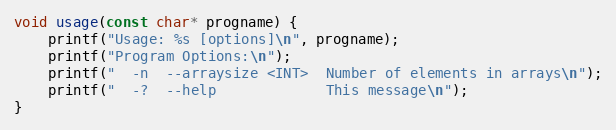
Language: C++
void usage(const char* progname) {
    printf("Usage: %s [options]\n", progname);
    printf("Program Options:\n");
    printf("  -n  --arraysize <INT>  Number of elements in arrays\n");
    printf("  -?  --help             This message\n");
}